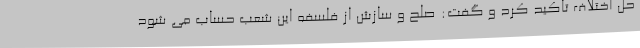
حل اختلاف تاکید کرد و گفت: صلح و سازش از فلسفه این شعب حساب می شود